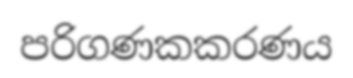
පරිගණකකරණය